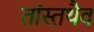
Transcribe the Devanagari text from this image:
तांस्तथैव